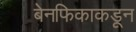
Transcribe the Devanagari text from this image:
बेनफिकाकडून